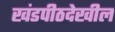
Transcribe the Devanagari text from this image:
खंडपीठदेखील